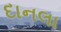
દાનલા